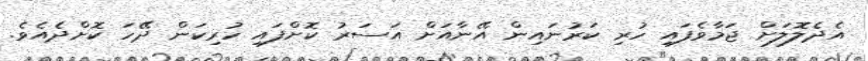
އެދެލޮލަށް ޖަމާވެފައި ހުރި ކަރުނައިން އޭނާއަށް އަސަރު ކޮށްފައި ހުރިކަން ދޭހަ ކޮށްދެއެވެ.